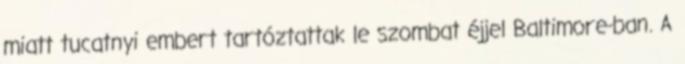
miatt tucatnyi embert tartóztattak le szombat éjjel Baltimore-ban. A